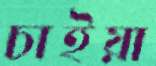
চাইয়া